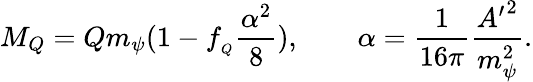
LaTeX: M_{Q}=Qm_{\psi}(1-f_{_Q}\frac{\alpha^{2}}{8}),\qquad\alpha=\frac{1}{16\pi}\frac{{A^{\prime}}^{2}}{m_{\psi}^{2}}.